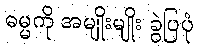
ဓမ္မကို အမျိုးမျိုး ခွဲပြပုံ